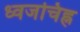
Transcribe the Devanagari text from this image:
ध्वजचिह्न